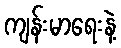
ကျန်းမာရေးနဲ့